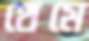
থেমে